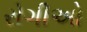
રોગીઓ